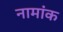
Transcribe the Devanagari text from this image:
नामांक